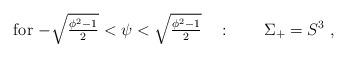
LaTeX: \begin{align*}\mbox{for $-\sqrt{\phi^2-1\over2}<\psi < \sqrt{\phi^2-1\over 2}$}\quad : \qquad \Sigma_+ = S^3\; ,\end{align*}